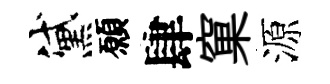
黛願肆窠源